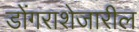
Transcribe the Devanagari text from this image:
डोंगराशेजारील